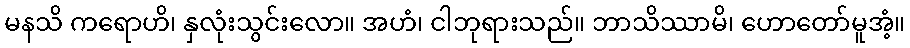
မနသိ ကရောဟိ၊ နှလုံးသွင်းလော။ အဟံ၊ ငါဘုရားသည်။ ဘာသိဿာမိ၊ ဟောတော်မူအံ့။